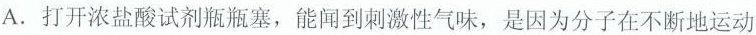
A.打开浓盐酸试剂瓶瓶塞，能闻到刺激性气味，是因为分子在不断地运动